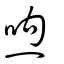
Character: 喣